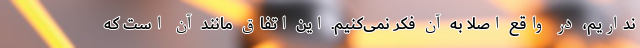
نداریم، در واقع اصلا به آن فکر نمی‌کنیم. این اتفاق مانند آن است که